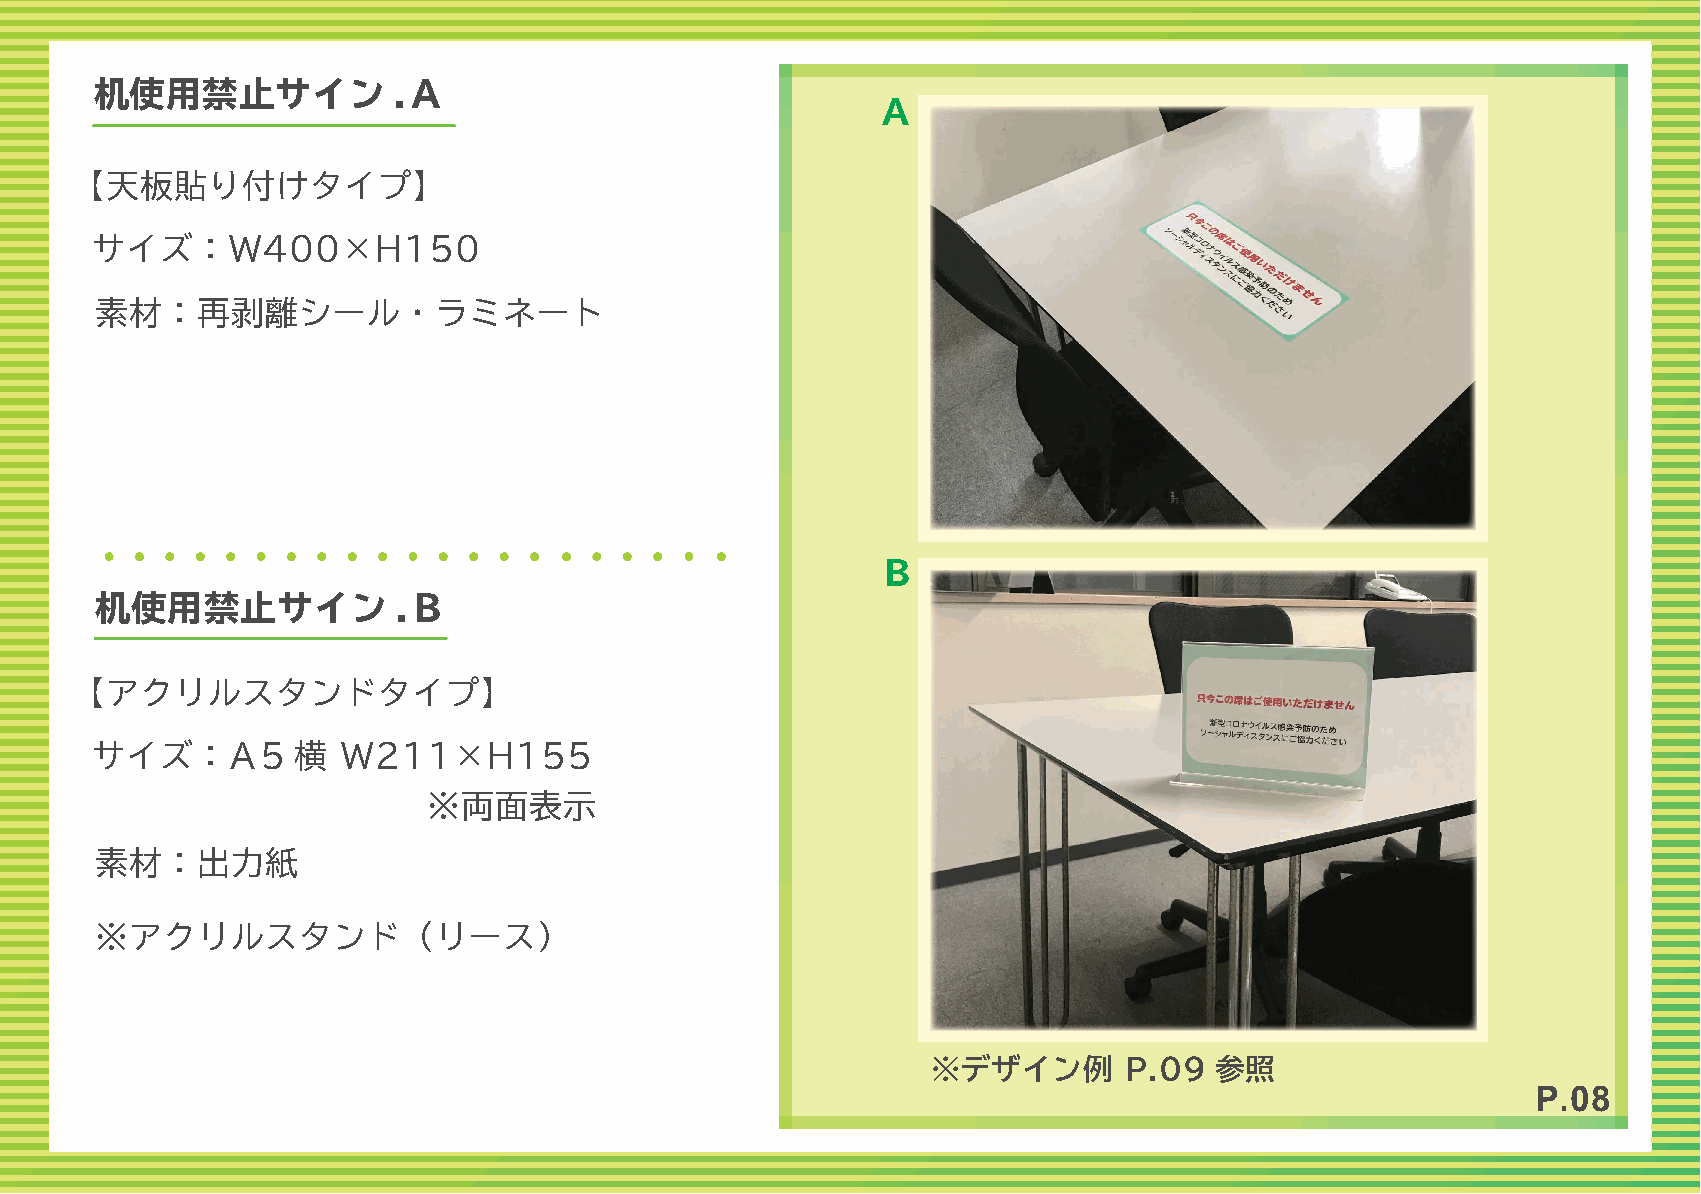
机使用禁止サイン            .Ａ
 Ａ
 【天板貼り付けタイプ】
 サイズ：W400×H150
 素材：再剥離シール・ラミネート
 Ｂ
 机使用禁止サイン            .Ｂ
 【アクリルスタンドタイプ】
 サイズ：Ａ5       横   W211×H155
 ※両面表示
 素材：出力紙
 ※アクリルスタンド（リース）
 ※デザイン例      P.09  参照
 P.08